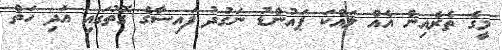
މީގެ ތެރެއިން އެއް ލައްކަ ޕައުންޑު ނަގުދު ފައިސާގެ ގޮތުގައި އަދި ހަތް